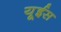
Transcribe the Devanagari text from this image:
यूईस